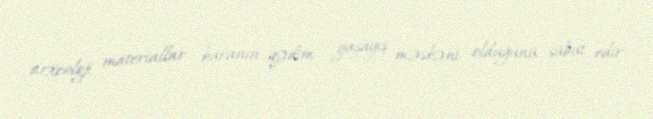
arxeoloji materiallar buranın qədim yaşayış məskəni olduğunu sübut edir.